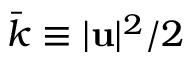
\bar { k } \equiv | \mathbf { u } | ^ { 2 } / 2